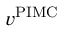
v ^ { \mathrm { P I M C } }